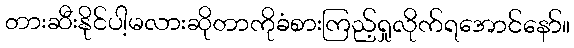
တားဆီးနိုင်ပါ့မလားဆိုတာကိုခံစားကြည့်ရှုလိုက်ရအောင်နော်။